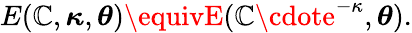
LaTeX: E(\mathbb{C},{\boldsymbol{\kappa}},{\boldsymbol{\theta}})\equivE(\mathbb{C}\cdote^{-\kappa},{\boldsymbol{\theta}}).